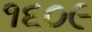
૧૬૦૯